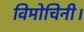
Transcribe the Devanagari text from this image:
विमोचिनी।